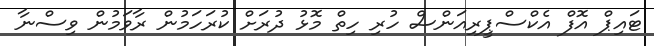
ޓައިޕް އޮފް އެކްސްޕީރިއަންސް ހުރި ހިތް މޮޅު ދުރަށް ކުރަހަމުން ރާވަމުން ވިސްނާ